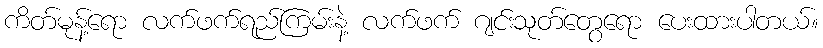
ကိတ်မုန့်ရော လက်ဖက်ရည်ကြမ်းနဲ့ လက်ဖက် ဂျင်းသုတ်တွေရော ပေးထားပါတယ်။